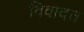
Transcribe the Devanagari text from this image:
विवादत